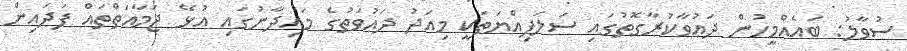
ސުވާލު: ބައެއްމީހުން ދަޢުވާކުރާގޮތުގައި ސަލަފިއްޔަތަކީ މިއަދު ދަޢުވަތުގެ މައިދާނުގައި އުޅޭ ޖަމާޢަތްތައް ފަދައިން